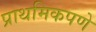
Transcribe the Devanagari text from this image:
प्राथमिकपणे